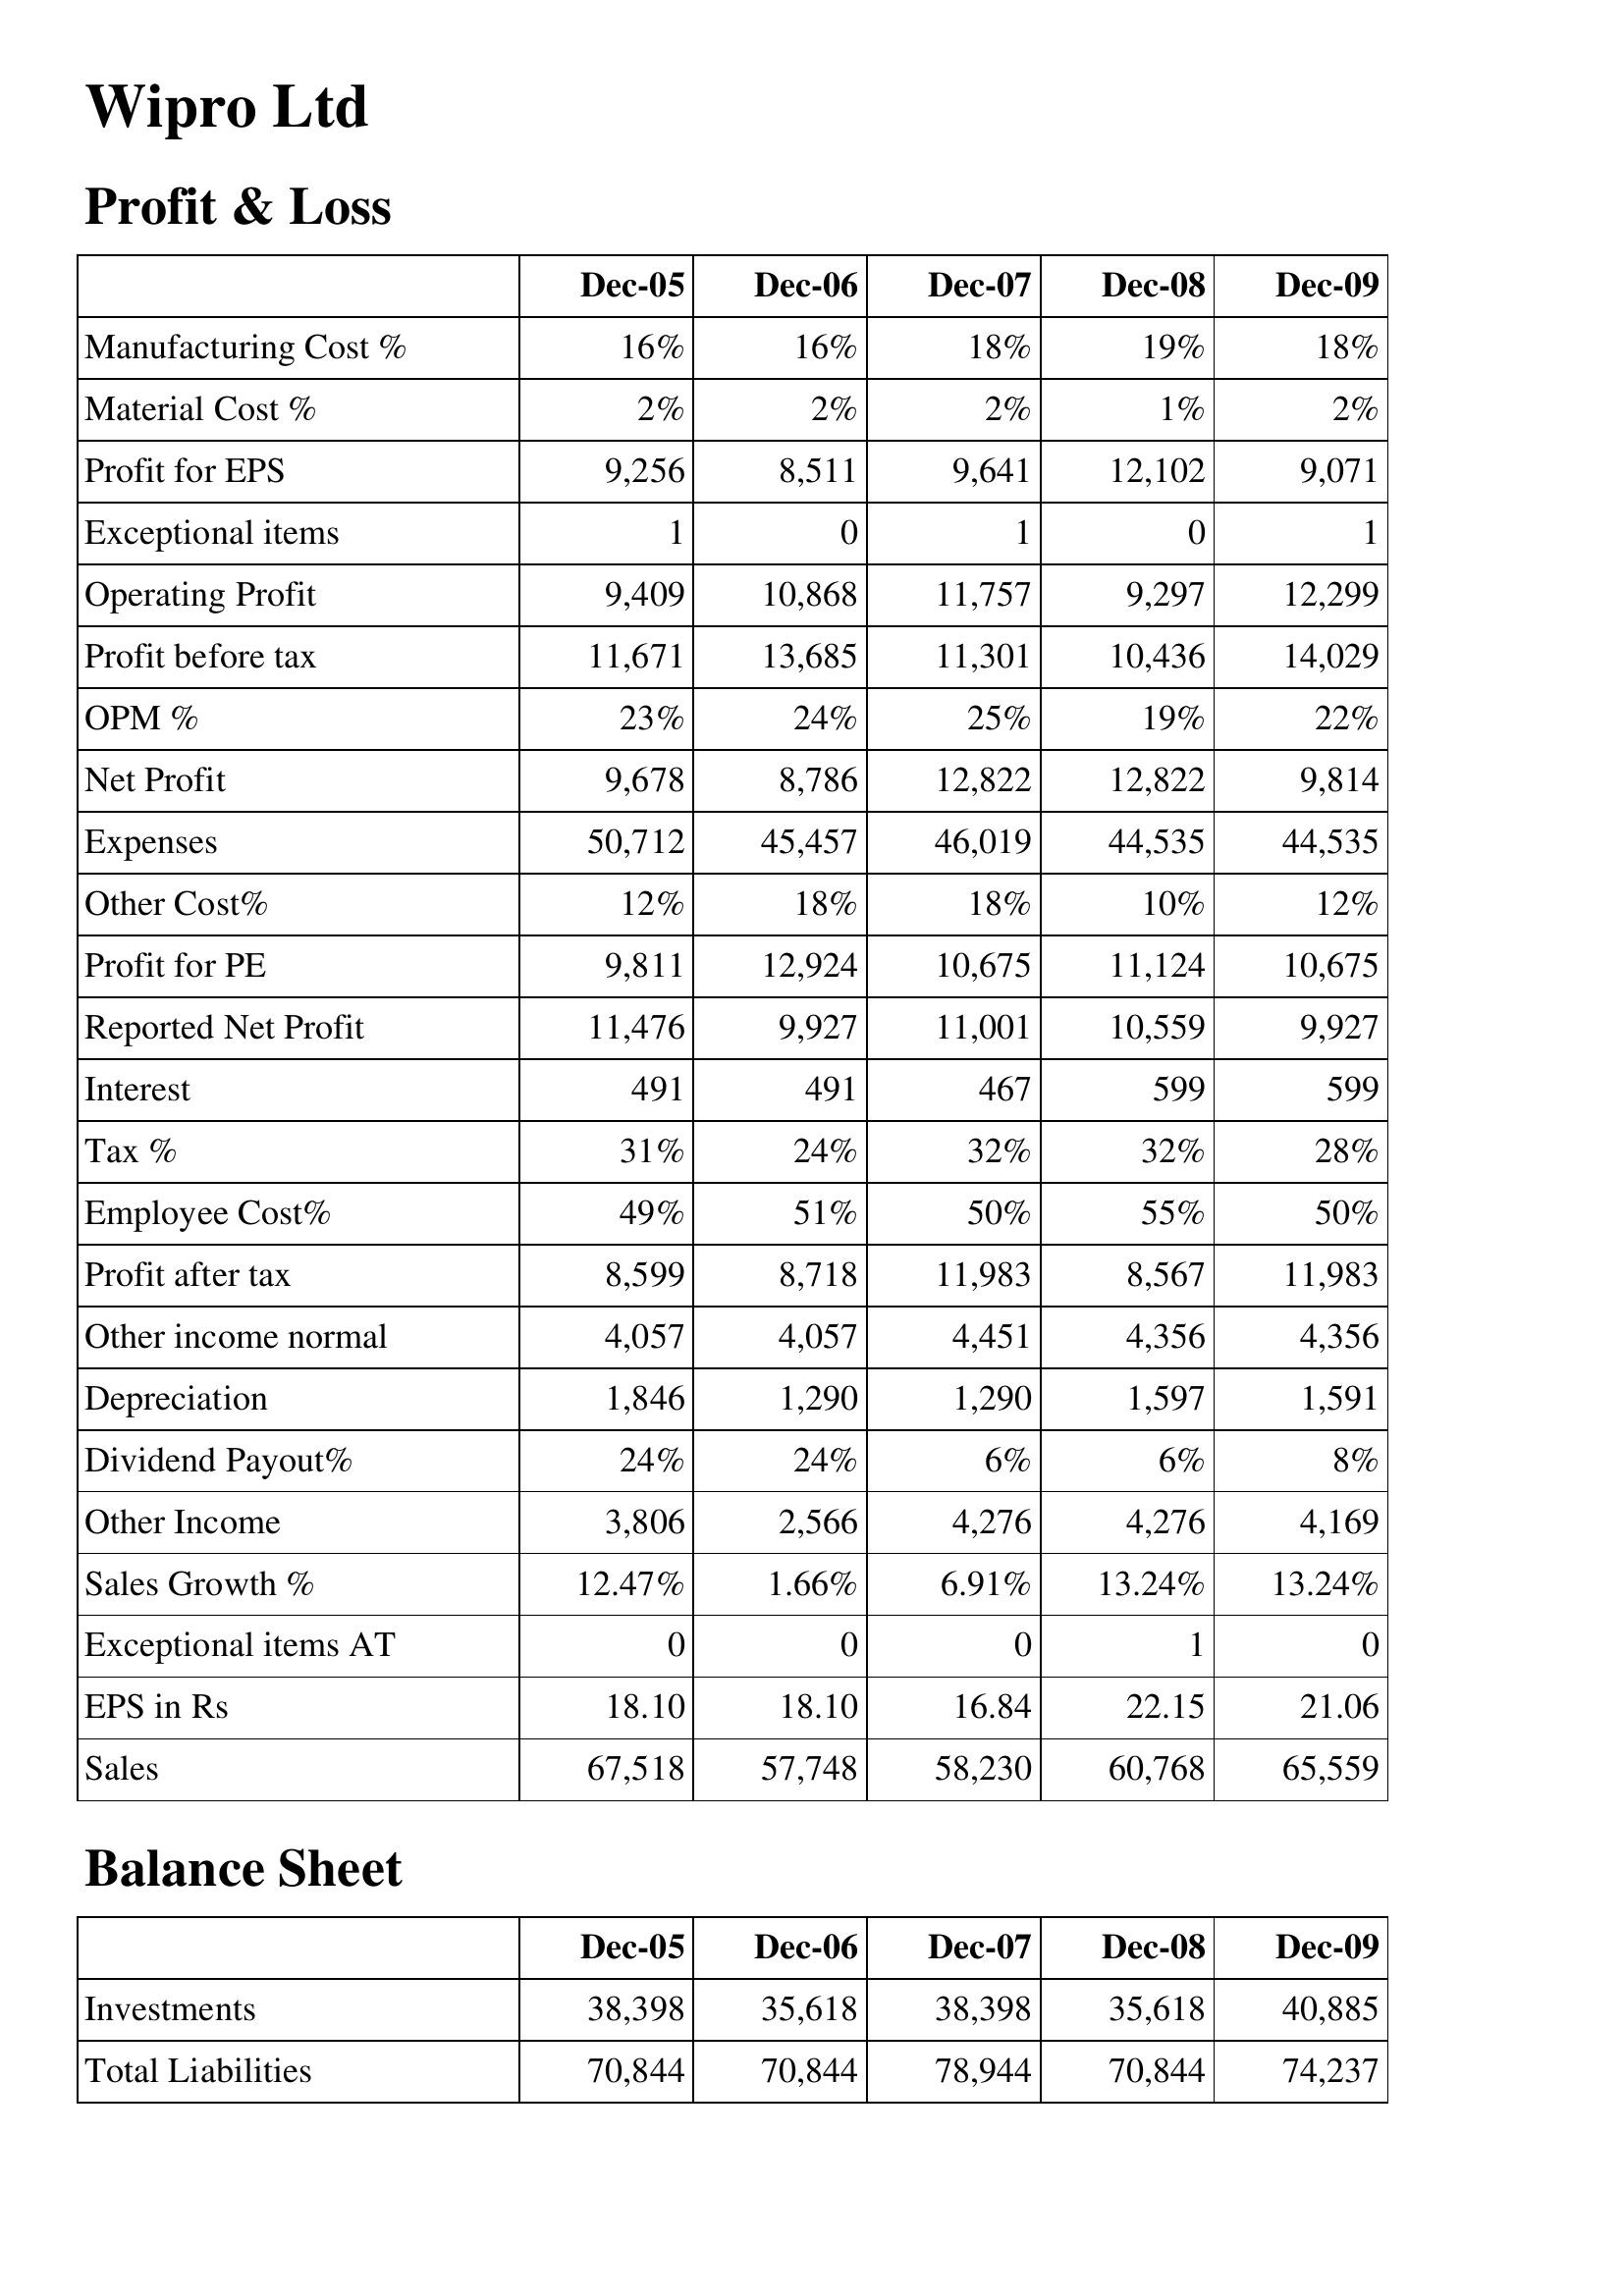
Dec-05: Profit & Loss: Manufacturing Cost %: 16%
Material Cost %: 2%
Profit for EPS: 9,256
Exceptional items: 1
Operating Profit: 9,409
Profit before tax: 11,671
OPM %: 23%
Net Profit: 9,678
Expenses: 50,712
Other Cost%: 12%
Profit for PE: 9,811
Reported Net Profit: 11,476
Interest: 491
Tax %: 31%
Employee Cost%: 49%
Profit after tax: 8,599
Other income normal: 4,057
Depreciation: 1,846
Dividend Payout%: 24%
Other Income: 3,806
Sales Growth %: 12.47%
Exceptional items AT: 0
EPS in Rs: 18.10
Sales: 67,518
Balance Sheet: Investments: 38,398
Total Liabilities: 70,844
Dec-06: Profit & Loss: Manufacturing Cost %: 16%
Material Cost %: 2%
Profit for EPS: 8,511
Exceptional items: 0
Operating Profit: 10,868
Profit before tax: 13,685
OPM %: 24%
Net Profit: 8,786
Expenses: 45,457
Other Cost%: 18%
Profit for PE: 12,924
Reported Net Profit: 9,927
Interest: 491
Tax %: 24%
Employee Cost%: 51%
Profit after tax: 8,718
Other income normal: 4,057
Depreciation: 1,290
Dividend Payout%: 24%
Other Income: 2,566
Sales Growth %: 1.66%
Exceptional items AT: 0
EPS in Rs: 18.10
Sales: 57,748
Balance Sheet: Investments: 35,618
Total Liabilities: 70,844
Dec-07: Profit & Loss: Manufacturing Cost %: 18%
Material Cost %: 2%
Profit for EPS: 9,641
Exceptional items: 1
Operating Profit: 11,757
Profit before tax: 11,301
OPM %: 25%
Net Profit: 12,822
Expenses: 46,019
Other Cost%: 18%
Profit for PE: 10,675
Reported Net Profit: 11,001
Interest: 467
Tax %: 32%
Employee Cost%: 50%
Profit after tax: 11,983
Other income normal: 4,451
Depreciation: 1,290
Dividend Payout%: 6%
Other Income: 4,276
Sales Growth %: 6.91%
Exceptional items AT: 0
EPS in Rs: 16.84
Sales: 58,230
Balance Sheet: Investments: 38,398
Total Liabilities: 78,944
Dec-08: Profit & Loss: Manufacturing Cost %: 19%
Material Cost %: 1%
Profit for EPS: 12,102
Exceptional items: 0
Operating Profit: 9,297
Profit before tax: 10,436
OPM %: 19%
Net Profit: 12,822
Expenses: 44,535
Other Cost%: 10%
Profit for PE: 11,124
Reported Net Profit: 10,559
Interest: 599
Tax %: 32%
Employee Cost%: 55%
Profit after tax: 8,567
Other income normal: 4,356
Depreciation: 1,597
Dividend Payout%: 6%
Other Income: 4,276
Sales Growth %: 13.24%
Exceptional items AT: 1
EPS in Rs: 22.15
Sales: 60,768
Balance Sheet: Investments: 35,618
Total Liabilities: 70,844
Dec-09: Profit & Loss: Manufacturing Cost %: 18%
Material Cost %: 2%
Profit for EPS: 9,071
Exceptional items: 1
Operating Profit: 12,299
Profit before tax: 14,029
OPM %: 22%
Net Profit: 9,814
Expenses: 44,535
Other Cost%: 12%
Profit for PE: 10,675
Reported Net Profit: 9,927
Interest: 599
Tax %: 28%
Employee Cost%: 50%
Profit after tax: 11,983
Other income normal: 4,356
Depreciation: 1,591
Dividend Payout%: 8%
Other Income: 4,169
Sales Growth %: 13.24%
Exceptional items AT: 0
EPS in Rs: 21.06
Sales: 65,559
Balance Sheet: Investments: 40,885
Total Liabilities: 74,237